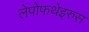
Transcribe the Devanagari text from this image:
लेपोफथेइरुस